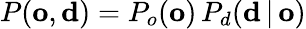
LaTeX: P(\mathbf{o},\mathbf{d})=P_{o}(\mathbf{o})\, P_{d}(\mathbf{d}\, |\, \mathbf{o})